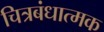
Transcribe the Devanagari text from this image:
चित्रबंधात्मक